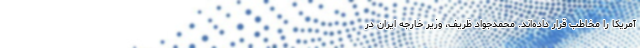
آمریکا را مخاطب قرار داده‌اند. محمدجواد ظریف، وزیر خارجه ایران در